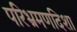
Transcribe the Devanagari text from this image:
परिभ्रमणदिशा